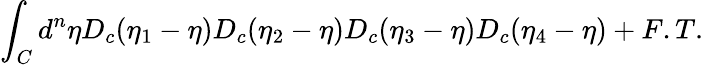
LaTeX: \int_{C}d^{n}\eta D_{c}(\eta_{1}-\eta)D_{c}(\eta_{2}-\eta)D_{c}(\eta_{3}-\eta)D_{c}(\eta_{4}-\eta)+F.T.